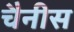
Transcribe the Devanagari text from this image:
चैनीस